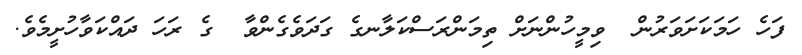
ފަހެ ހަމަކަށަވަރުން  ވިމީހުންނަށް ތިމަންރަސްކަލާނގެ ގަދަވެގެންވާ  ގެ ރަހަ ދައްކަވާހުށީމެވެ.